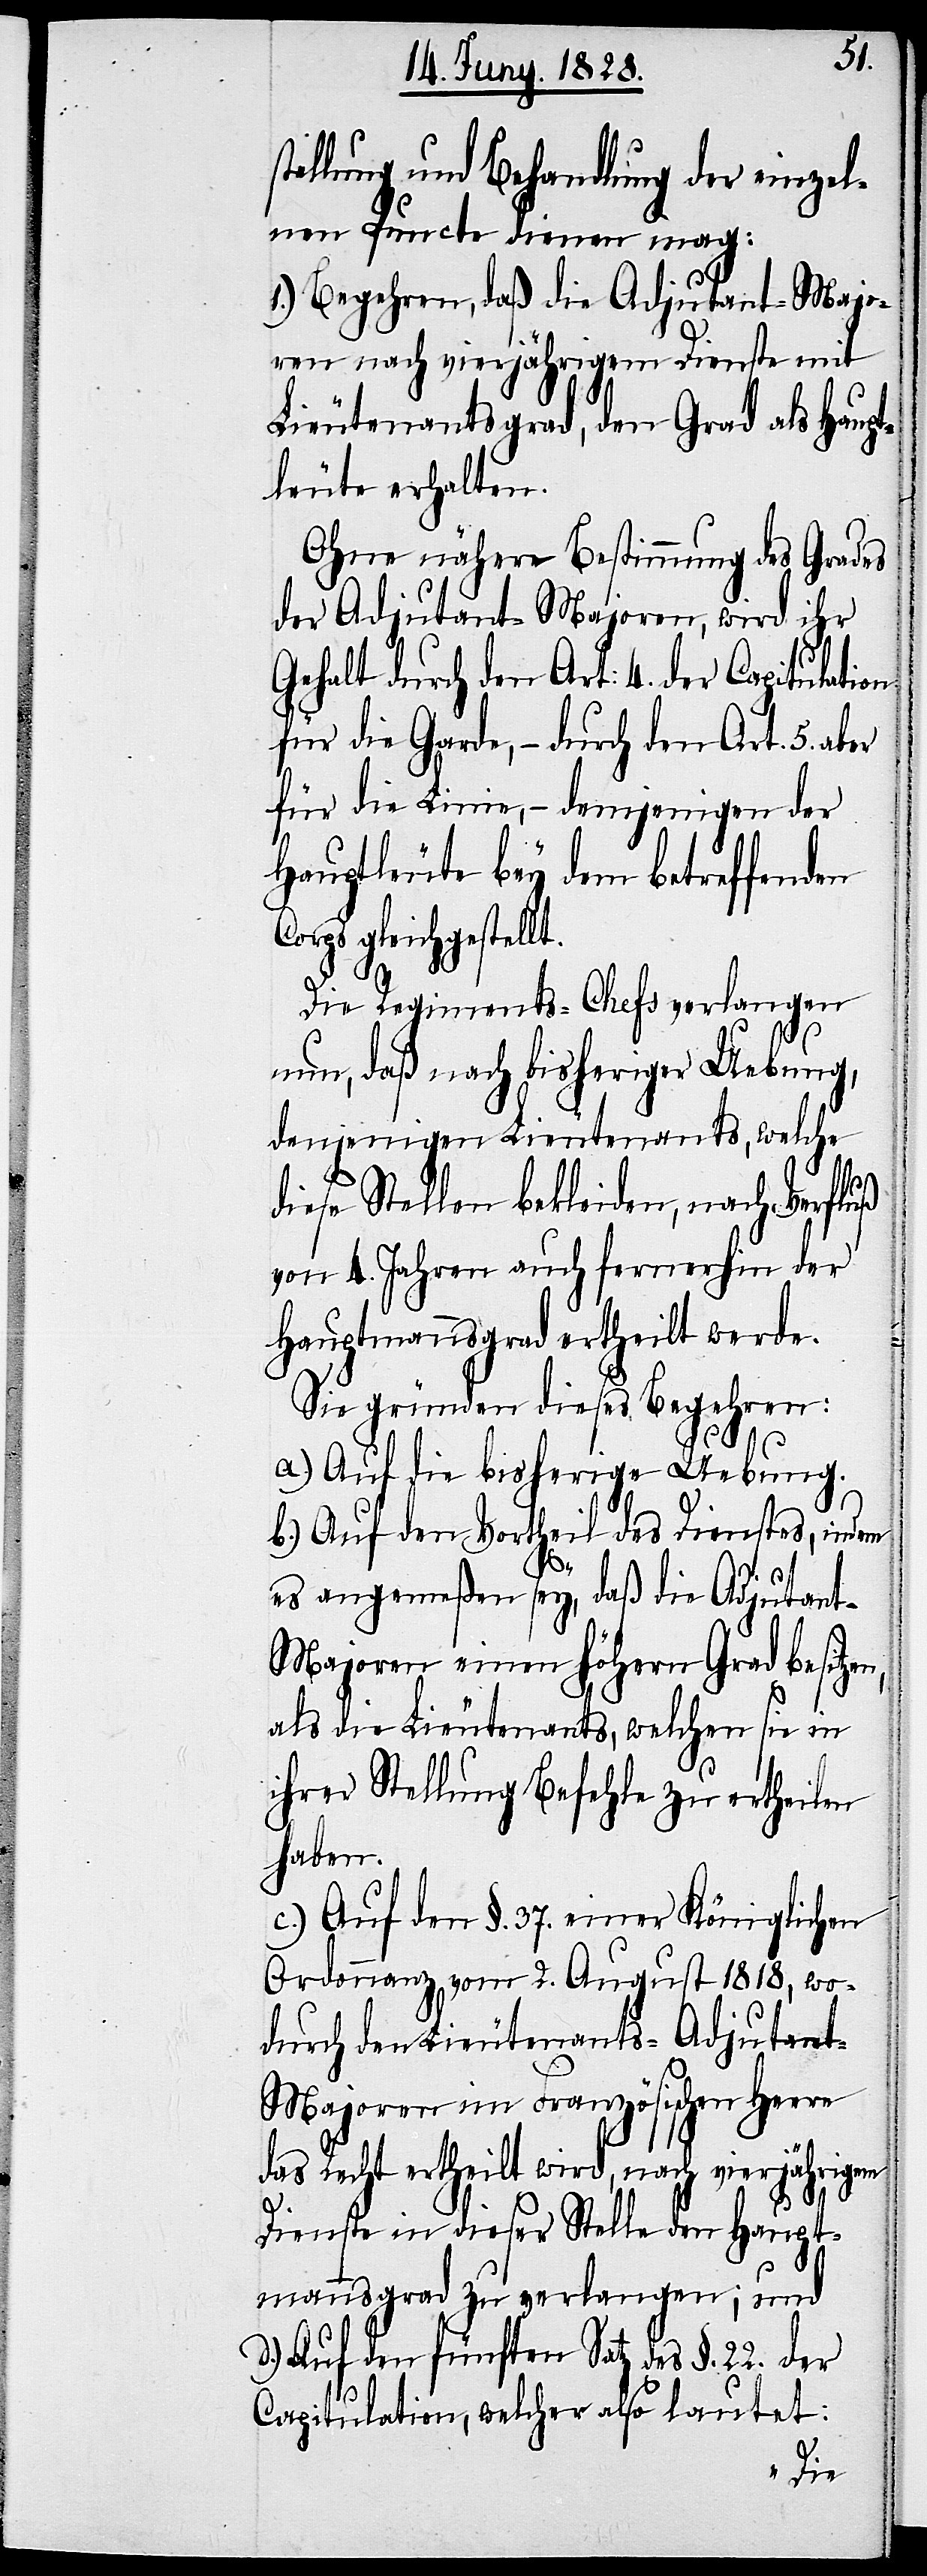
tellung und Behandlung der einzel¬
nen Puncte dienen mag:
1.) Begehren, daß die Adjutant-Majo¬
ren nach vierjährigem Dienste mit
Lieutenantsgrad, den Grad als Haupt¬
leute erhalten.
Ohne nähere Bestimmung des Grades
der Adjutant-Majoren, wird ihr
Gehalt durch den Art: 4. der Capitulation
für die Garde, – durch den Art. 5. aber
für die Linie, – demjenigen der
Hauptleute bey dem betreffenden
Corps gleichgestellt.
Die Regiments-Chefs verlangen
nun, daß nach bisheriger Uebung,
denjenigen Lieutenants, welche
diese Stellen bekleiden, nach Verfluß
von 4. Jahren auch fernerhin der
Hauptmannsgrad ertheilt werde.
n,
Sie gründen dieses Begehren:
a.) Auf die bisherige Uebung.
b.) Auf den Vortheil des Dienstes, indem
es angemeßen sey, daß die Adjutan¬
t-Majoren einen höhern Grad besitze¬
als die Lieutenants, welchen sie in
ihrer Stellung Befehle zu ertheilen
haben.
c.) Auf den §. 37. einer Königlichen
Ordonnanz vom 2. August 1818, wo¬
durch den Lieutenants-Adjutan¬
t-Majoren im Französischen Heere
das Recht ertheilt wird, nach vierjährigem
Dienste in dieser Stelle den Haupt¬
mannsgrad zu verlangen; und
d.) Auf den fünften Satz des §. 22. der
Capitulation, welcher also lautet: